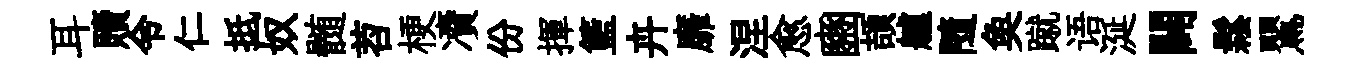
耳贖令仁抵奴髄苕梗凟份揮籃卉靡涅愈豳頡艫隨奐蹴语涎闢鬆鸎